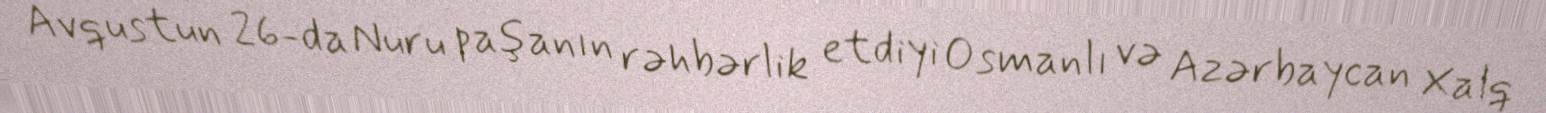
Avqustun 26-da Nuru paşanın rəhbərlik etdiyi Osmanlı və Azərbaycan Xalq